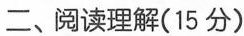
二、阅读理解(15分)